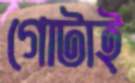
গোটাই